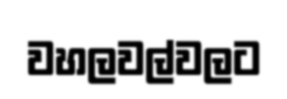
වහලවල්වලට